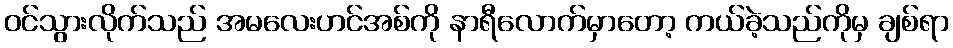
ဝင်သွားလိုက်သည် အမလေးဟင်အစ်ကို နာရီလောက်မှာတော့ ကယ်ခဲ့သည်ကိုမှ ချစ်ရာ